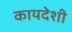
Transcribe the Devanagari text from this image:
कायदेशी